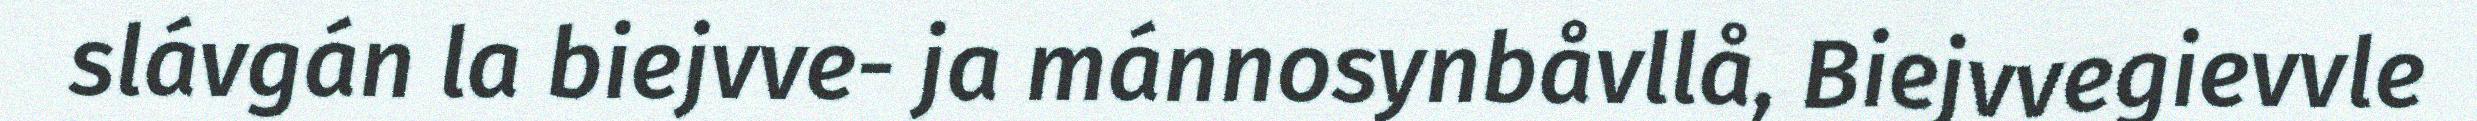
slávgán la biejvve- ja mánnosynbåvllå, Biejvvegievvle